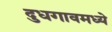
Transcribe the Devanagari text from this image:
दुधगावमध्ये